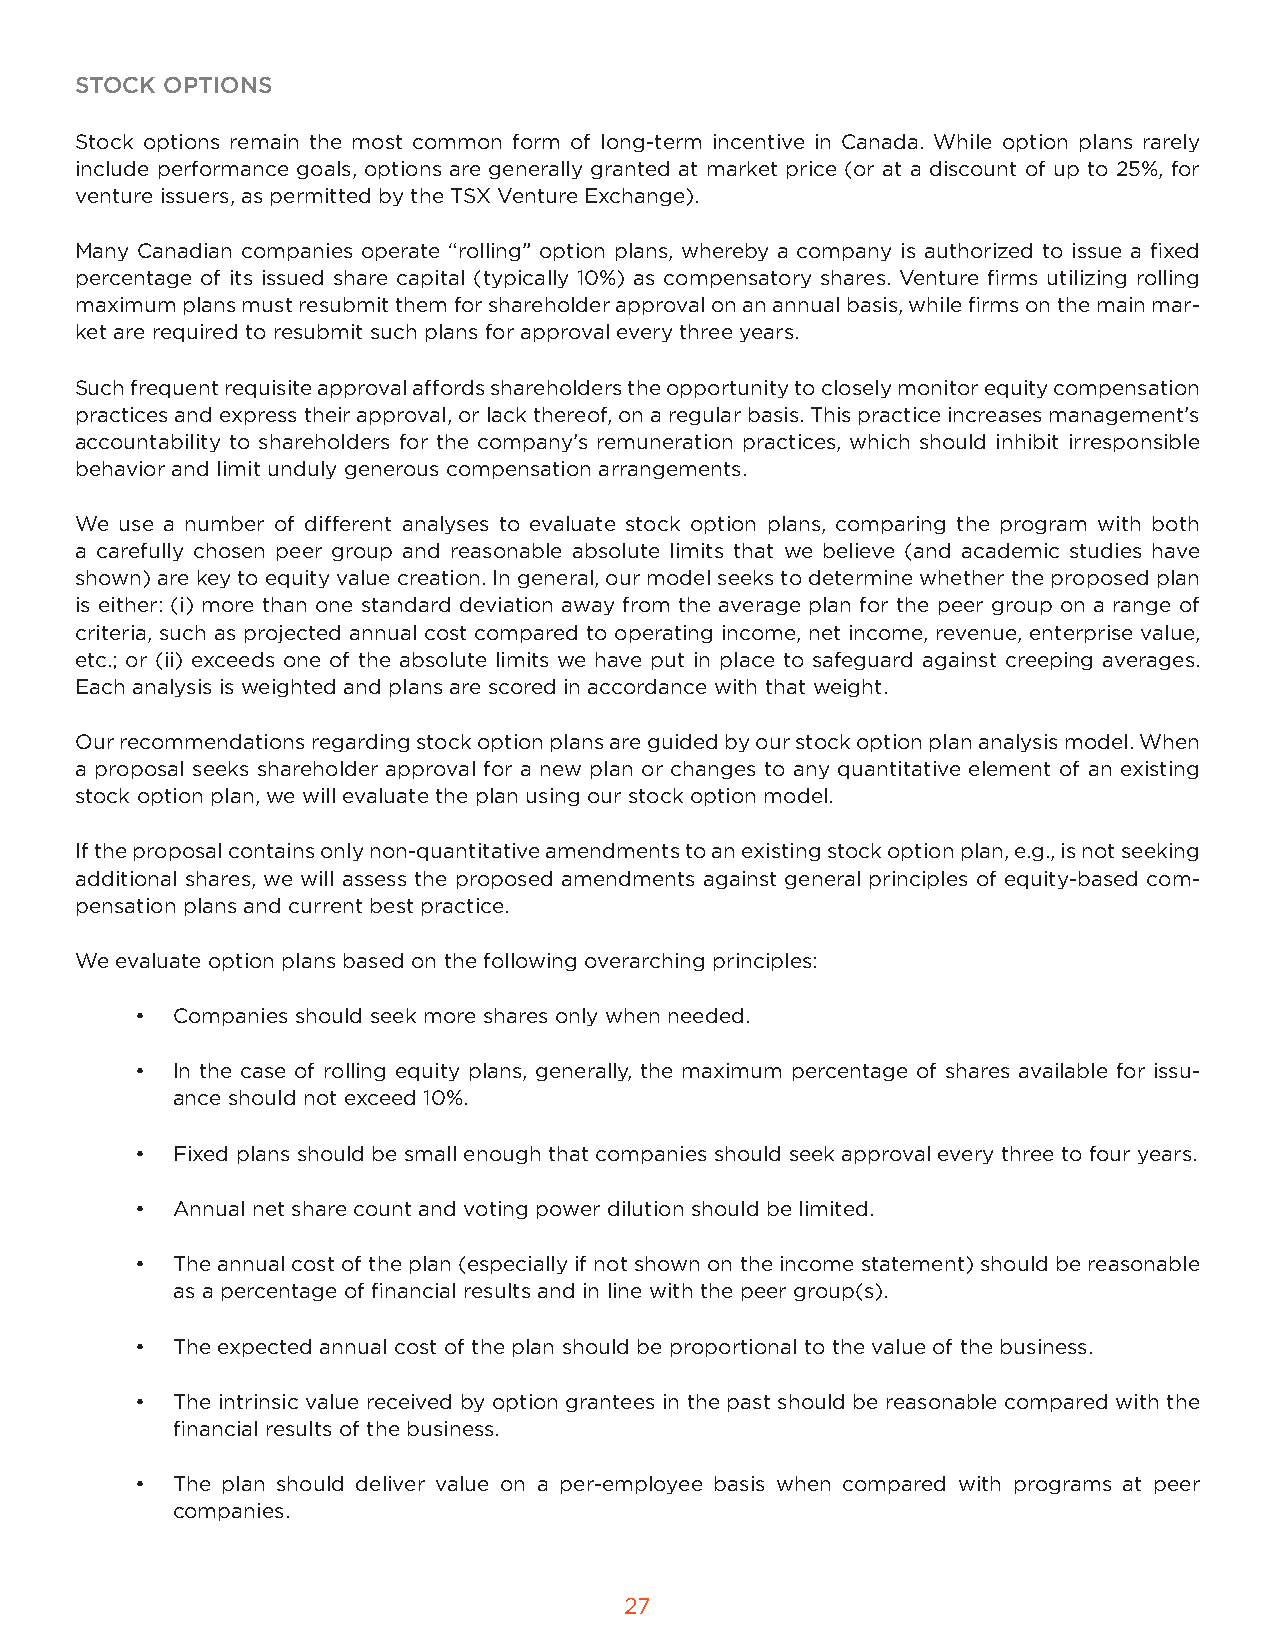
STOCK OPTIONS
 Stock options remain the most common form of long-term incentive in Canada. While option plans rarely
 include performance goals, options are generally granted at market price (or at a discount of up to 25%, for
 venture issuers, as permitted by the TSX Venture Exchange).
 Many Canadian companies operate “rolling” option plans, whereby a company is authorized to issue a fixed
 percentage of its issued share capital (typically 10%) as compensatory shares. Venture firms utilizing rolling
 maximum plans must resubmit them for shareholder approval on an annual basis, while firms on the main mar-
 ket are required to resubmit such plans for approval every three years.
 Such frequent requisite approval affords shareholders the opportunity to closely monitor equity compensation
 practices and express their approval, or lack thereof, on a regular basis. This practice increases management’s
 accountability to shareholders for the company’s remuneration practices, which should inhibit irresponsible
 behavior and limit unduly generous compensation arrangements.
 We use a number of different analyses to evaluate stock option plans, comparing the program with both
 a carefully chosen peer group and reasonable absolute limits that we believe (and academic studies have
 shown) are key to equity value creation. In general, our model seeks to determine whether the proposed plan
 is either: (i) more than one standard deviation away from the average plan for the peer group on a range of
 criteria, such as projected annual cost compared to operating income, net income, revenue, enterprise value,
 etc.; or (ii) exceeds one of the absolute limits we have put in place to safeguard against creeping averages.
 Each analysis is weighted and plans are scored in accordance with that weight.
 Our recommendations regarding stock option plans are guided by our stock option plan analysis model. When
 a proposal seeks shareholder approval for a new plan or changes to any quantitative element of an existing
 stock option plan, we will evaluate the plan using our stock option model.
 If the proposal contains only non-quantitative amendments to an existing stock option plan, e.g., is not seeking
 additional shares, we will assess the proposed amendments against general principles of equity-based com-
 pensation plans and current best practice.
 We evaluate option plans based on the following overarching principles:
 • Companies should seek more shares only when needed.
 • In the case of rolling equity plans, generally, the maximum percentage of shares available for issu-
 ance should not exceed 10%.
 • Fixed plans should be small enough that companies should seek approval every three to four years.
 • Annual net share count and voting power dilution should be limited.
 • The annual cost of the plan (especially if not shown on the income statement) should be reasonable
 as a percentage of financial results and in line with the peer group(s).
 • The expected annual cost of the plan should be proportional to the value of the business.
 • The intrinsic value received by option grantees in the past should be reasonable compared with the
 financial results of the business.
 • The plan should deliver value on a per-employee basis when compared with programs at peer
 companies.
 27